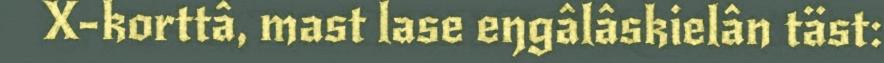
X-korttâ, mast lase eŋgâlâskielân täst: